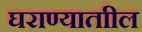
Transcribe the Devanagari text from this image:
घराण्याताील